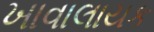
ખાવાલાયક